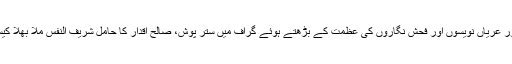
ننگوں کے انفراد اور عریاں نویسوں اور فحش نگاروں کی عظمت کے بڑھتے ہوئے گراف میں ستر پوش، صالح اقدار کا حامل شریف النفس ملّا بھلا کیسے کھپ سکتا تھا۔